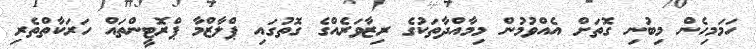
ހަމަމިހެން މިބުނި ގޮތަށް އެއްވުމުން މިމާއްދާތަކުގެ ރިޒާވަރެއްގެ ގޮތުގައި ޕްލާޒްމާ ޕްރޮޓީންތައް ހަރަކާތްތެރި